Indian journal of veterinary science and animal husbandry - Volumes 24-25, 1954-1955
Year: 1954
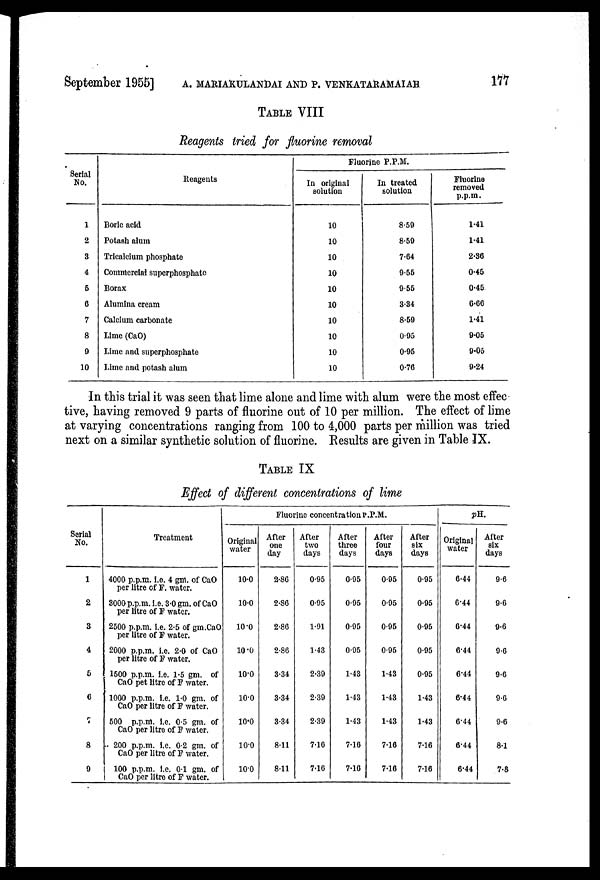
September 1955] A. MARIAKULANDAI AND P. VENKATARAMAIAH 177
TABLE VIII
Reagents tried for fluorine removal
Serial
No.
1
2
3
4
5
6
7
8
9
10
Reagents
Boric acid
Potash alum
Tricalcium phosphate
Commercial superphosphate
Borax
Alumina cream
Calcium carbonate
Lime (CaO)
Lime and superphosphate
Lime and potash alum
Fluorine P.P.M.
In original
solution
10
10
10
10
10
10
10
10
10
10
In treated
solution
8.59
8.59
7.64
9.55
9.55
3.34
8.59
0.95
0.95
0.76
Fluorine
removed
p.p.m.
1.41
1.41
2.36
0.45
0.45
6.66
1.41
9.05
9.05
9.24
In this trial it was seen that lime alone and lime with alum were the most effec
tive, having removed 9 parts of fluorine out of 10 per million. The effect of lime
at varying concentrations ranging from 100 to 4,000 parts per million was tried
next on a similar synthetic solution of fluorine. Results are given in Table IX.
TABLE IX
Effect of different concentrations of lime
Serial
No.
1
2
3
4
5
6
7
8
9
Treatment
4000 p.p.m. i.e. 4 gm. of CaO
per litre of F. water.
3000 p.p.m. i.e. 3.0 gm. of CaO
per litre of F water.
2500 p.p.m. i.e. 2.5 of gm.CaO
per litre of F water.
2000 p.p.m. i.e. 2.0 of CaO
per litre of F water.
1500 p.p.m. i.e. 1.5 gm. of
CaO pet litre of F water.
1000 p.p.m. i.e. 1.0 gm. of
CaO per litre of F water.
500 p.p.m. i.e. 0.5 gm. of
CaO per litre of F water.
200 p.p.m. i.e. 0.2 gm. of
CaO per litre of F water.
100 p.p.m. i.e. 0.1 gm. of
CaO per litre of F water.
Fluorine concentration P.P.M.
Original
water
10.0
10.0
10.0
10.0
10.0
10.0
10.0
10.0
10.0
After
one
day
2.86
2.86
2.86
2.86
3.34
3.34
3.34
8.11
8.11
After
two
days
0.95
0.95
1.91
1.43
2.39
2.39
2.39
7.16
7.16
After
three
days
0.95
0.95
0.95
0.95
1.43
1.43
1.43
7.16
7.16
After
four
days
0.95
0.95
0.95
0.95
1.43
1.43
1.43
7.16
7.16
After
six
days
0.95
0.95
0.95
0.95
0.95
1.43
1.43
7.16
7.16
pH.
Original
water
6.44
6.44
6.44
6.44
6.44
6.44
6.44
6.44
6.44
After
six
days
9.6
9.6
9.6
9.6
9.6
9.6
9.6
8.1
7.8